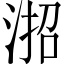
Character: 𪶎